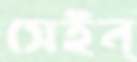
সেইন্